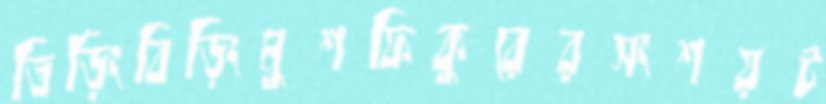
তিড়িংবিড়িংমুশফিকুরেরসংশয়ট